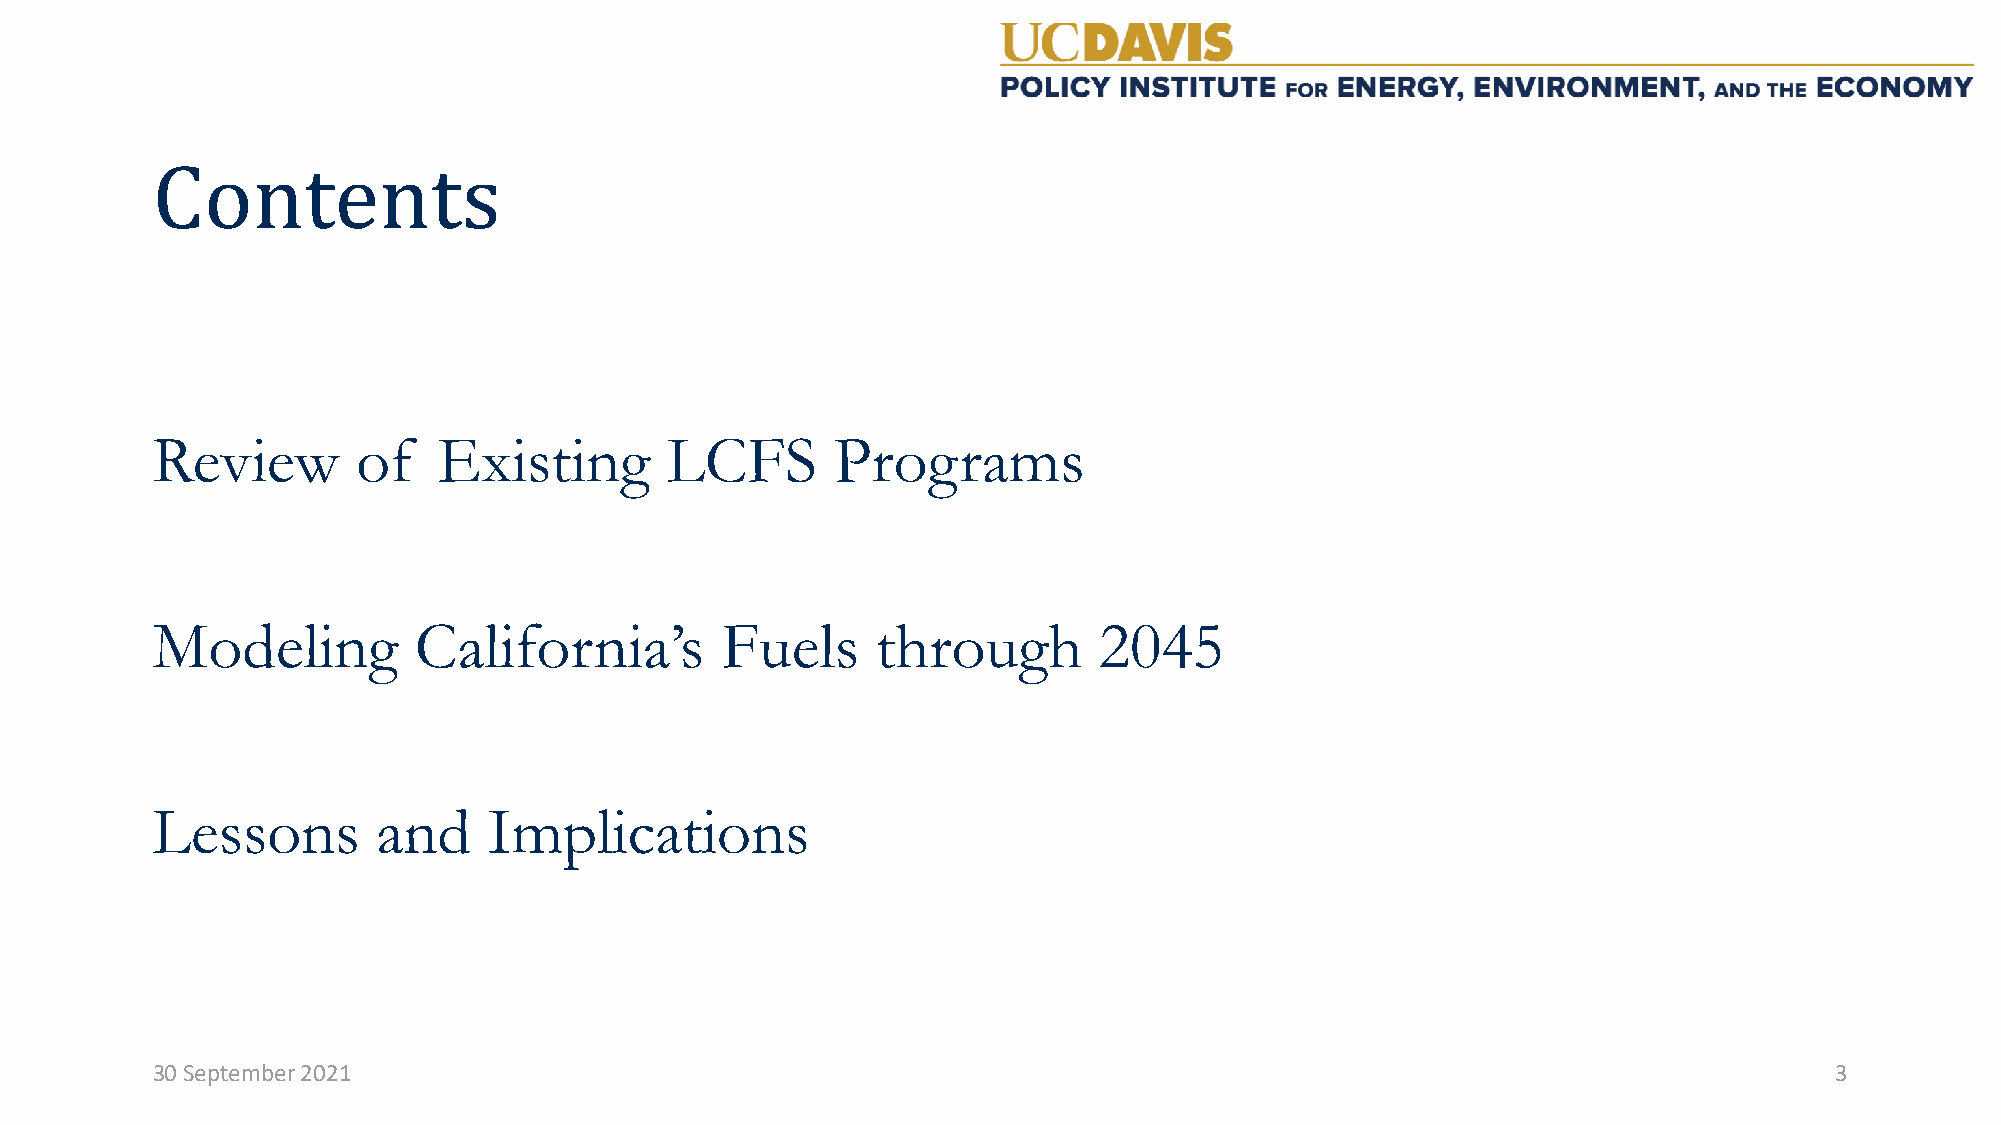
Contents
 Review        of   Existing       LCFS       Programs
 Modeling         California’s         Fuels     through        2045
 Lessons        and    Implications
 30 September 2021                                                                                              3